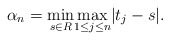
\begin{align*} \alpha_n = \underset{s \in R}\min\underset{1\leq j\leq n}\max|t_j - s|.\end{align*}